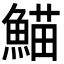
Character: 𮬂